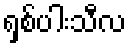
ရှစ်ပါးသီလ